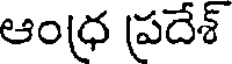
ఆంధ్ర ప్రదేశ్